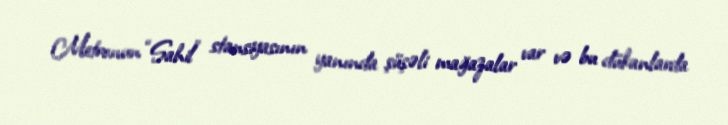
Metronun “Sahil” stansiyasının yanında şüşəli mağazalar var və bu dükanlarda